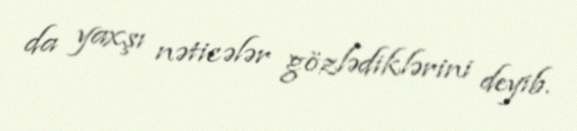
da yaxşı nəticələr gözlədiklərini deyib.